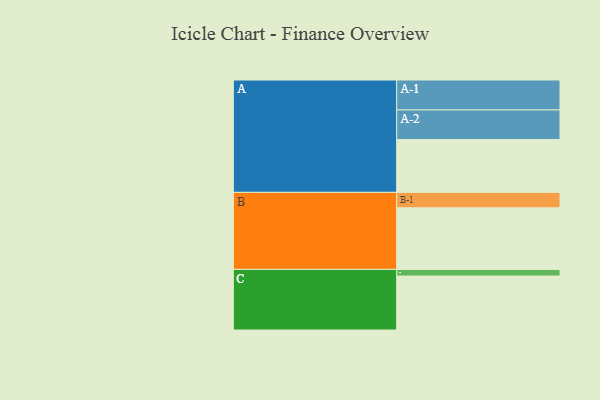
{"axis": {"x": "Segment", "y": "Value"}, "legend": ["", "A", "B", "C"], "data": [{"x": "A", "y": 506, "type": ""}, {"x": "B", "y": 590, "type": ""}, {"x": "C", "y": 517, "type": ""}, {"x": "A-1", "y": 287, "type": "A"}, {"x": "A-2", "y": 284, "type": "A"}, {"x": "B-1", "y": 148, "type": "B"}, {"x": "C-1", "y": 64, "type": "C"}]}